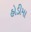
હોડીમા